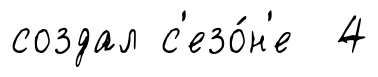
создал с'езо́н'е 4